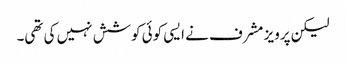
لیکن پرویز مشرف نے ایسی کوئی کوشش نہیں کی تھی۔